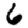
Digit: 6